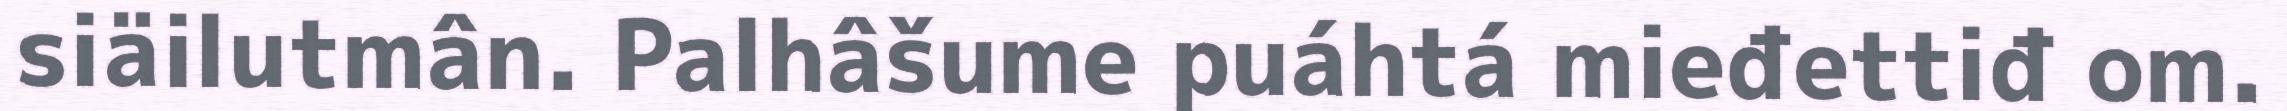
siäilutmân. Palhâšume puáhtá mieđettiđ om.